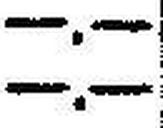
—.—